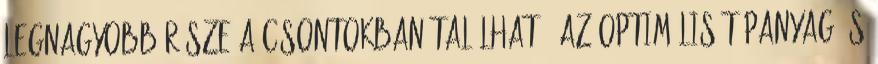
legnagyobb része a csontokban található. Az optimális tápanyag és